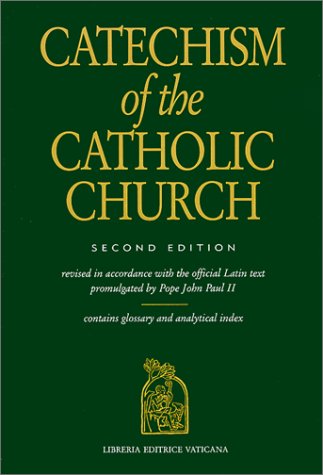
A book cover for Catechism of the Catholic Church; Christian Books & Bibles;